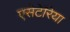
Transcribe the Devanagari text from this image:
एसेटेरिया